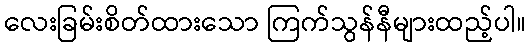
လေးခြမ်းစိတ်ထားသော ကြက်သွန်နီများထည့်ပါ။